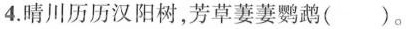
4.晴川历历汉阳树，芳草萋萋鹦鹉()。